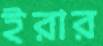
ইরার